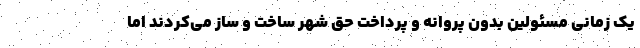
یک زمانی مسئولین بدون پروانه و پرداخت حق شهر ساخت و ساز می‌کردند اما